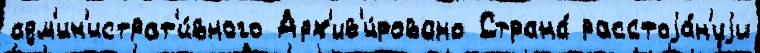
адм'ин'истрат'и́вного Арх'ив'и́ровано Страна́ расстоjа́н'иjи